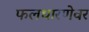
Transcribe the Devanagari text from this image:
फलधारणेवर